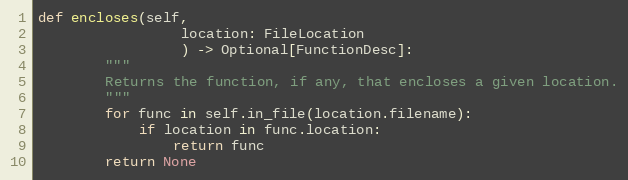
Language: Python
def encloses(self,
                 location: FileLocation
                 ) -> Optional[FunctionDesc]:
        """
        Returns the function, if any, that encloses a given location.
        """
        for func in self.in_file(location.filename):
            if location in func.location:
                return func
        return None